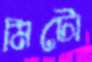
মিটো